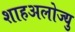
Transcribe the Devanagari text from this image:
शाहअलोज्यु